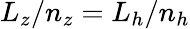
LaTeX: L_{z}/n_{z}=L_{h}/n_{h}